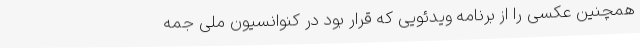
همچنین عکسی را از برنامه ویدئویی که قرار بود در کنوانسیون ملی جمه